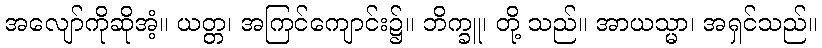
အလျော်ကိုဆိုအံ့။ ယတ္တ၊ အကြင်ကျောင်း၌။ ဘိက္ခူ၊ တို့ သည်။ အာယသ္မာ၊ အရှင်သည်။